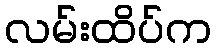
လမ်းထိပ်က